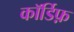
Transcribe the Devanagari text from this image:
कॉर्डिफ़